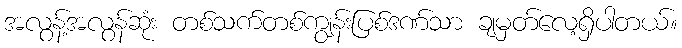
အလွန့်အလွန်ဆုံး တစ်သက်တစ်ကျွန်းပြစ်ဒဏ်သာ ချမှတ်လေ့ရှိပါတယ်။